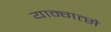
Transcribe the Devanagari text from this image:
यान्गत्से